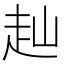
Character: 赸